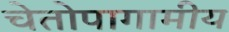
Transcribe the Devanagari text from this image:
चेतोपागामीय